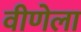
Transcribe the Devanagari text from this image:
वीणेला